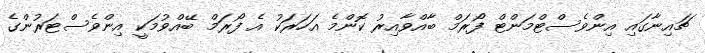
ޗައިނާގައި އިންވެސްޓްމަންޓް ފޯރަމް ބާއްވާއިރު ކޮންމެ އަހަރަކު އެ ފޯރަމް ބޭއްވުމަކީ އިންވެސްޓަރުންގެ